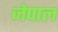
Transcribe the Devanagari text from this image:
जेपाल